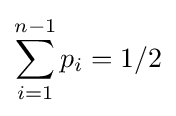
\sum _{i=1}^{n-1}p_{i}=1/2